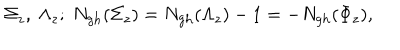
LaTeX: \Sigma _ { z } , \ \Lambda _ { z } ; \ N _ { \mathrm { g h } } ( \Sigma _ { z } ) = N _ { \mathrm { g h } } ( \Lambda _ { z } ) - 1 = - N _ { \mathrm { g h } } ( \Phi _ { z } ) ,